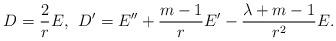
LaTeX: \begin{align*}D = \frac{2}{r}E,\;\,D' = E'' + \frac{m-1}{r}E' - \frac{\lambda + m-1}{r^2}E.\end{align*}